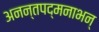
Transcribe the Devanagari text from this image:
अनन्तपद्मनाभन्